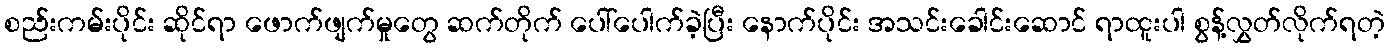
စည်းကမ်းပိုင်း ဆိုင်ရာ ဖောက်ဖျက်မှုတွေ ဆက်တိုက် ပေါ်ပေါက်ခဲ့ပြီး နောက်ပိုင်း အသင်းခေါင်းဆောင် ရာထူးပါ စွန့်လွှတ်လိုက်ရတဲ့